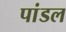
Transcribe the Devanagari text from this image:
पांडल